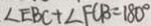
\angle E B C + \angle F C B = 1 8 0 ^ { \circ }